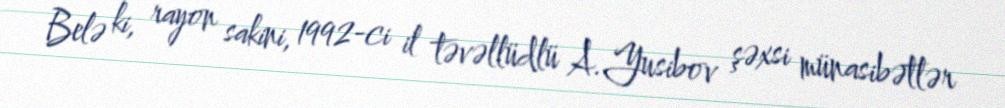
Belə ki, rayon sakini, 1992-ci il təvəllüdlü A.Yusibov şəxsi münasibətlər